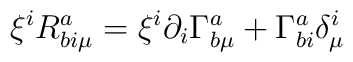
\xi^i R^a_{b i\mu}=\xi^i\partial_i\Gamma^a_{b\mu}+\Gamma^a_{bi}\delta^i_\mu